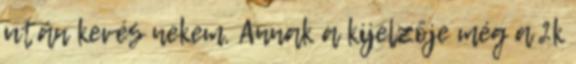
után kevés nekem. Annak a kijelzője még a 2k